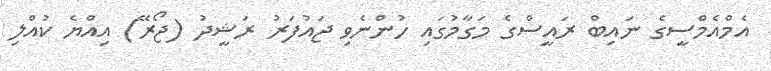
އެމްއެމްސީގެ ނައިބް ރައީސްގެ މަގާމުގައި ހުންނެވި ޖައުފަރު ރަޝީދު (ޖޯރޭ) އިއްޔެ ކުއްލި